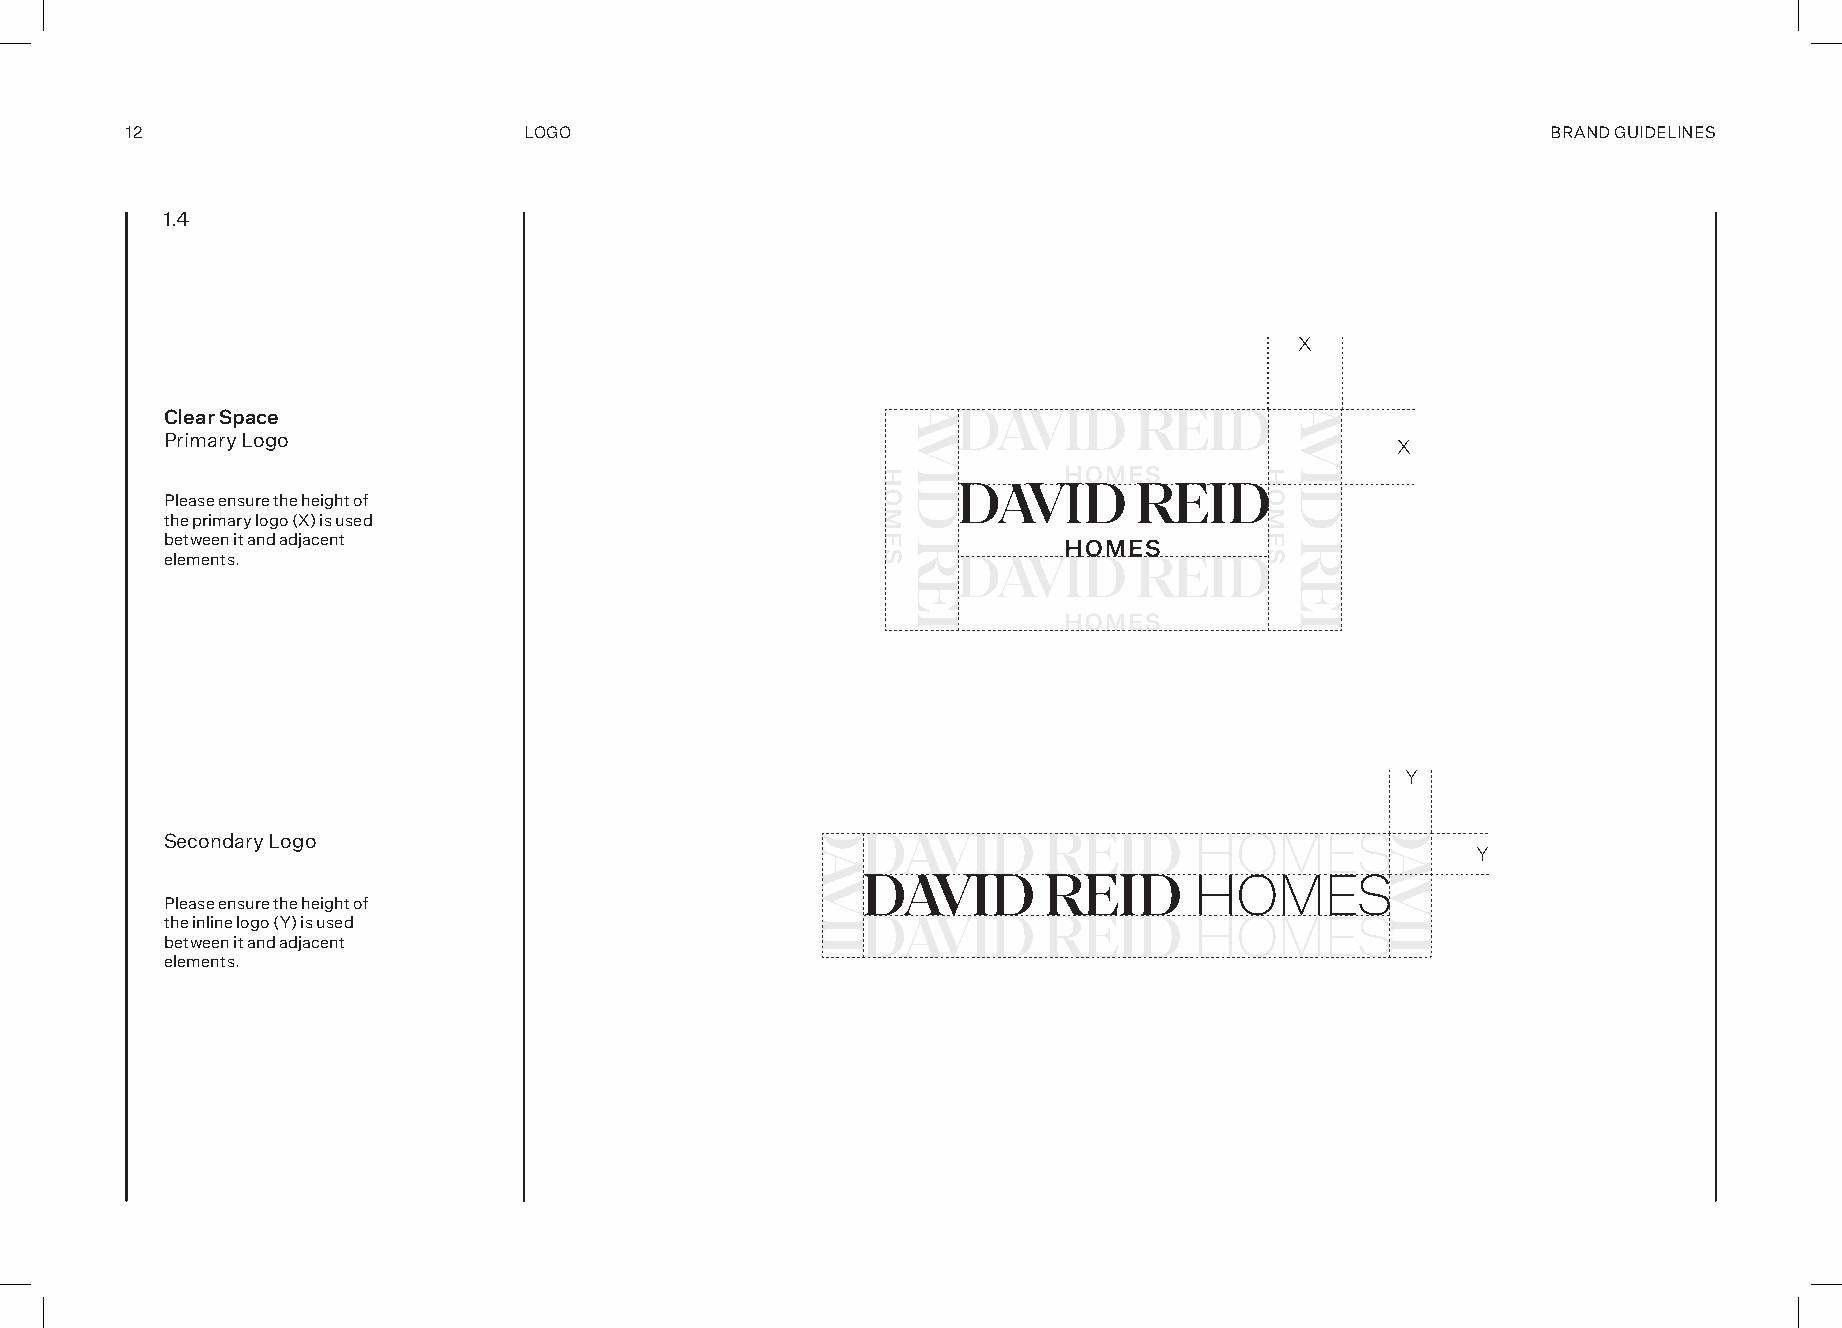
12                         LoGo                                                                BRAnd GuideLineS
 1.4
 X
 Clear Space
 Primary Logo                                                                     X
 Please ensure the height of
 the primary logo (X) is used
 between it and adjacent
 elements.
 Y
 Secondary Logo
 Y
 Please ensure the height of
 the inline logo (Y) is used
 between it and adjacent
 elements.